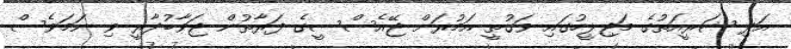
އަދި ޝަރީއަތުގެ މަޖިލީހުގައި ވަގުތީ އަމުރަށް ޖޭއެސްސީގެ ފަރާތުން ޖަވާބުދާރީ ވި ނަމަވެސް